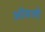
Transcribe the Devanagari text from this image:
ऑसलो